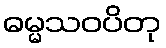
ဓမ္မသဝပိတု